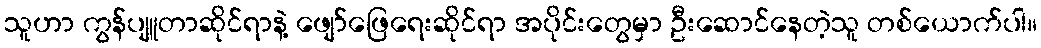
သူဟာ ကွန်ပျူတာဆိုင်ရာနဲ့ ဖျော်ဖြေရေးဆိုင်ရာ အပိုင်းတွေမှာ ဦးဆောင်နေတဲ့သူ တစ်ယောက်ပါ။